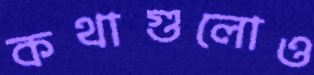
কথাগুলোও